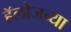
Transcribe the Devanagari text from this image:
हॅलोजच्या